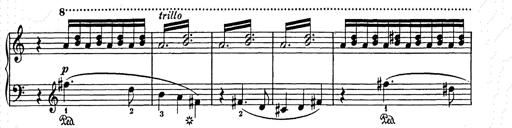
Title: Weihnachtsbaum
Composer: Franz Liszt